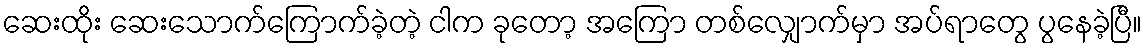
ဆေးထိုး ဆေးသောက်ကြောက်ခဲ့တဲ့ ငါက ခုတော့ အကြော တစ်လျှောက်မှာ အပ်ရာတွေ ပွနေခဲ့ပြီ။